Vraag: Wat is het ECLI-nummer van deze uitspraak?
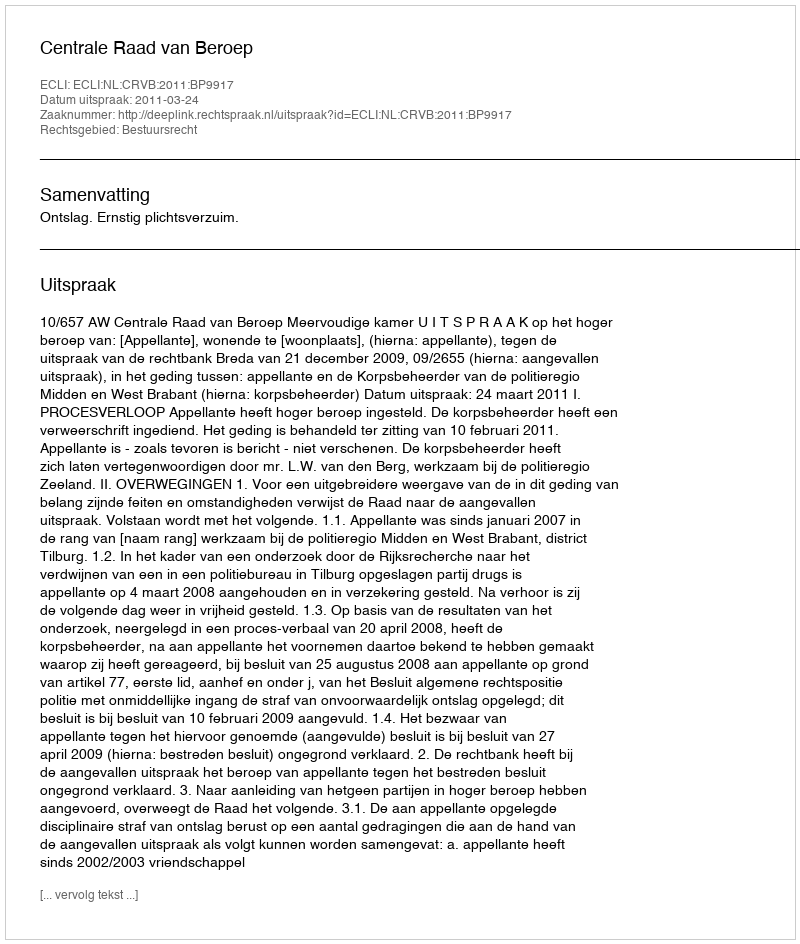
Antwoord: ECLI:NL:CRVB:2011:BP9917